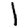
Digit: 1